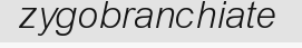
zygobranchiate